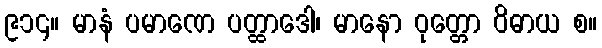
၉၁၄။ မာနံ ပမာဏေ ပတ္ထာဒေါ၊ မာနော ဝုတ္တော ဝိဓာယ စ။